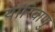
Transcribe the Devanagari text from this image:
यारिवाणु